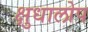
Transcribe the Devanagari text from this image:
क्षुधालोप